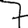
Digit: 7